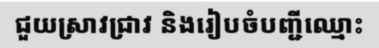
ជួយស្រាវជ្រាវ និងរៀបចំបញ្ជីឈ្មោះ